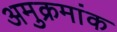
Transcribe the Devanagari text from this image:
अमुक्रमांक